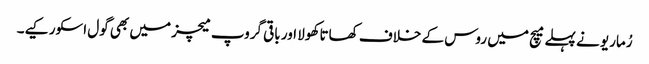
رُماریو نے پہلے میچ میں روس کے خلاف کھاتا کھولا اور باقی گروپ میچز میں بھی گول اسکور کیے۔